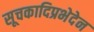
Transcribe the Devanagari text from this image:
सूचकादिप्रभेदेन